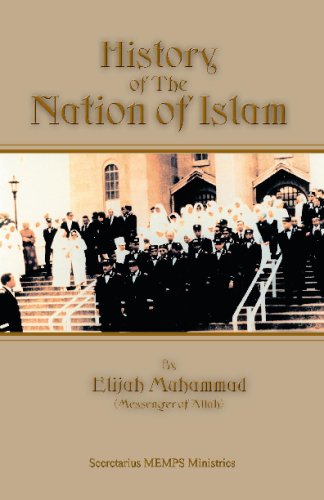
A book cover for History Of The Nation Of Islam; Elijah Muhammad; Religion & Spirituality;